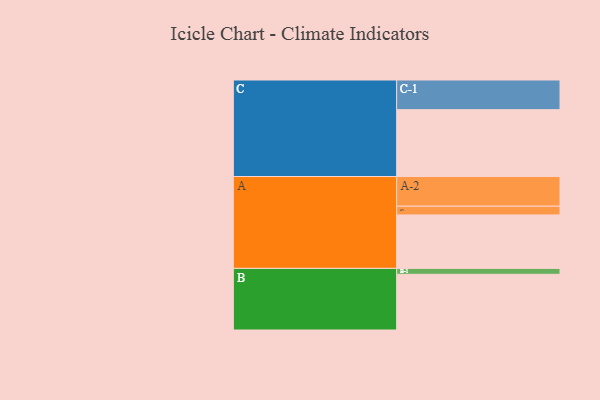
{"axis": {"x": "Segment", "y": "Value"}, "legend": ["", "A", "B", "C"], "data": [{"x": "A", "y": 470, "type": ""}, {"x": "B", "y": 490, "type": ""}, {"x": "C", "y": 588, "type": ""}, {"x": "A-1", "y": 77, "type": "A"}, {"x": "A-2", "y": 261, "type": "A"}, {"x": "B-1", "y": 52, "type": "B"}, {"x": "C-1", "y": 261, "type": "C"}]}